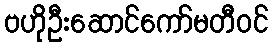
ဗဟိုဦးဆောင်ကော်မတီဝင်